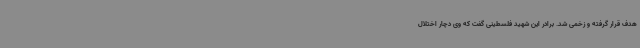
هدف قرار گرفته و زخمی شد. برادر این شهید فلسطینی گفت که وی دچار اختلال